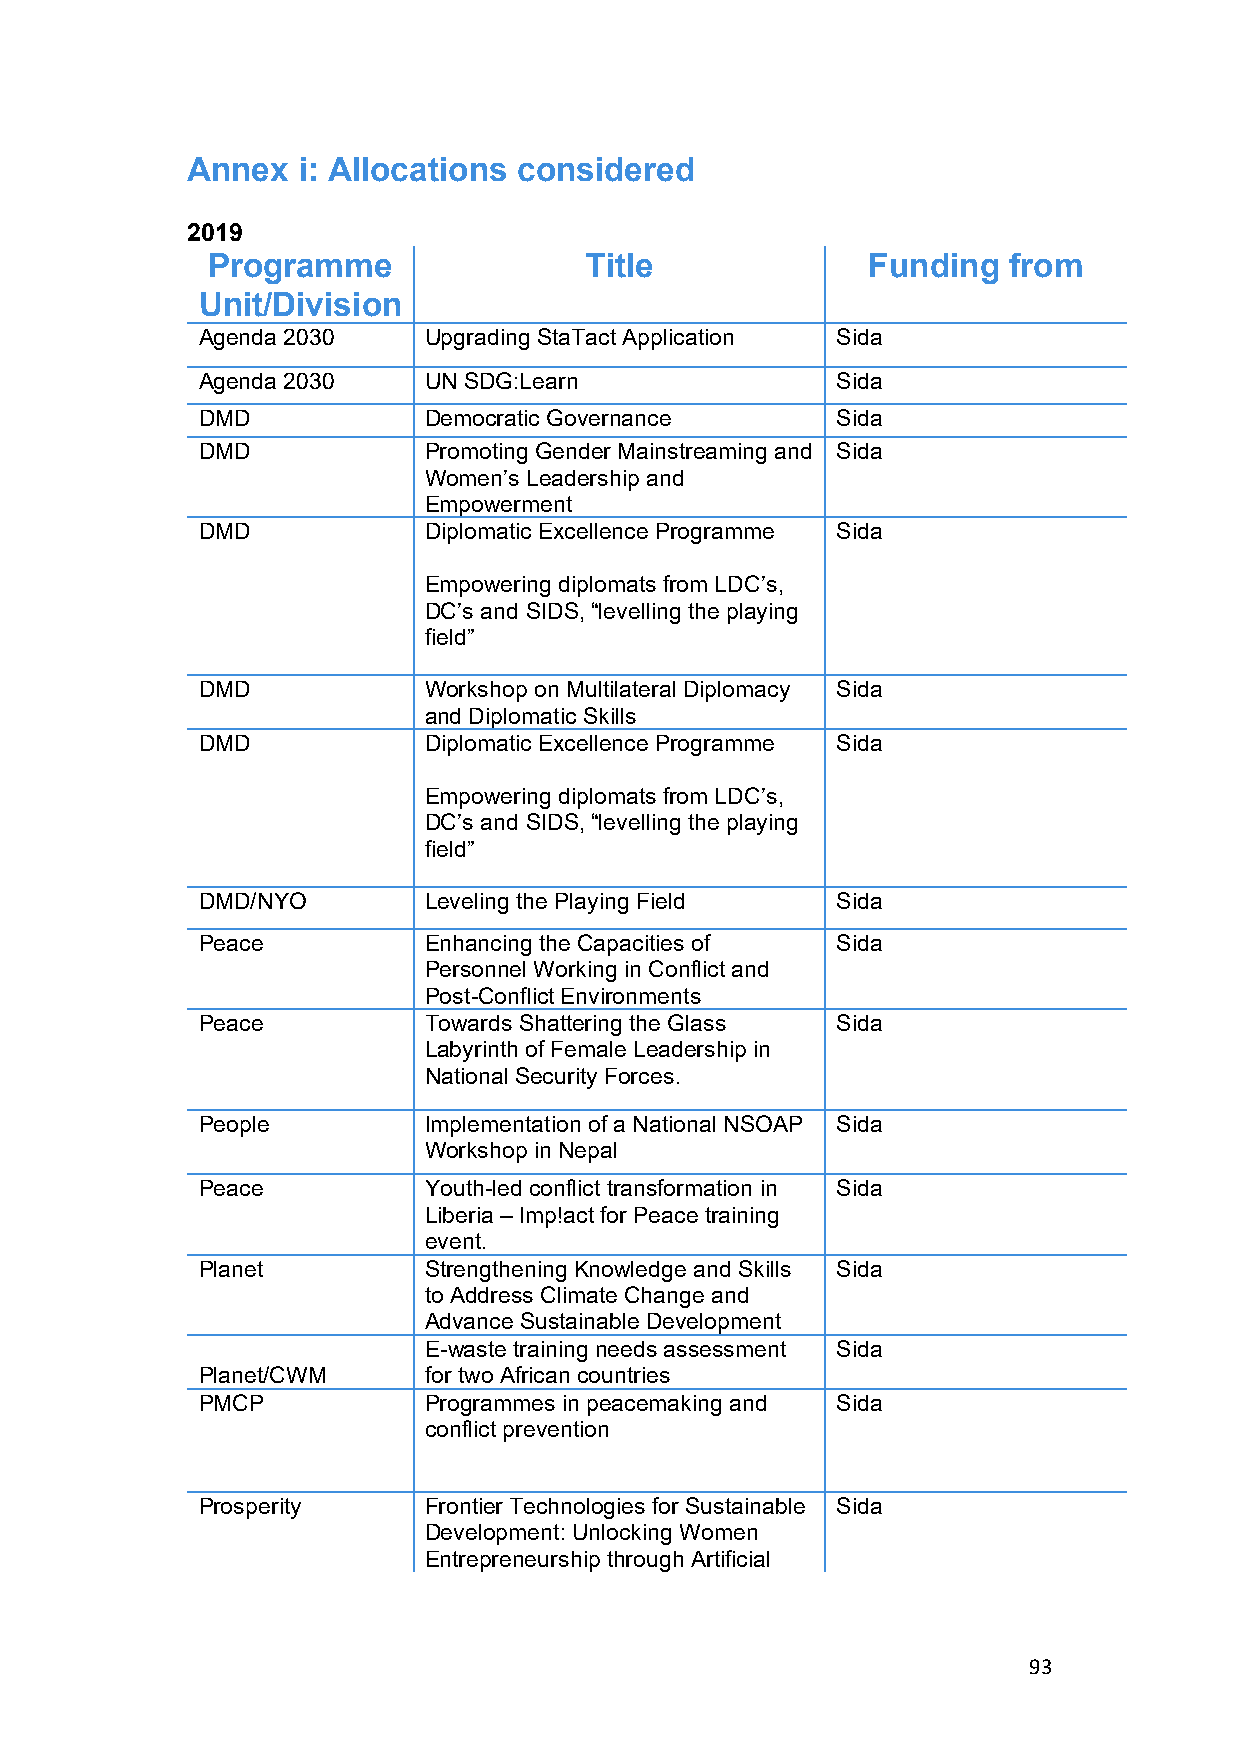
Annex   i: Allocations considered
 2019
 Programme                Title             Funding   from
 Unit/Division
 Agenda 2030    Upgrading StaTact Application Sida
 Agenda 2030    UN SDG:Learn               Sida
 DMD            Democratic Governance      Sida
 DMD            Promoting Gender Mainstreaming and Sida
 Women’s Leadership and
 Empowerment
 DMD            Diplomatic Excellence Programme Sida
 Empowering diplomats from LDC’s,
 DC’s and SIDS, “levelling the playing
 field”
 DMD            Workshop on Multilateral Diplomacy Sida
 and Diplomatic Skills
 DMD            Diplomatic Excellence Programme Sida
 Empowering diplomats from LDC’s,
 DC’s and SIDS, “levelling the playing
 field”
 DMD/NYO        Leveling the Playing Field Sida
 Peace          Enhancing the Capacities of Sida
 Personnel Working in Conflict and
 Post-Conflict Environments
 Peace          Towards Shattering the Glass Sida
 Labyrinth of Female Leadership in
 National Security Forces.
 People         Implementation of a National NSOAP Sida
 Workshop in Nepal
 Peace          Youth-led conflict transformation in Sida
 Liberia – Imp!act for Peace training
 event.
 Planet         Strengthening Knowledge and Skills Sida
 to Address Climate Change and
 Advance Sustainable Development
 E-waste training needs assessment Sida
 Planet/CWM     for two African countries
 PMCP           Programmes in peacemaking and Sida
 conflict prevention
 Prosperity     Frontier Technologies for Sustainable Sida
 Development: Unlocking Women
 Entrepreneurship through Artificial
 93